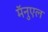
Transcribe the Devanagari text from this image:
मॅनुएल